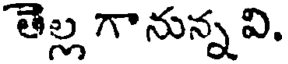
తెల్ల గానున్న వి.